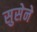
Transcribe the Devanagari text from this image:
सुसेने